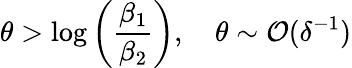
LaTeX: \theta>\log{\left(\frac{\beta_{1}}{\beta_{2}}\right)},\quad\theta\sim\mathcal{O}(\delta^{-1})